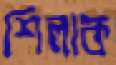
শিলাক